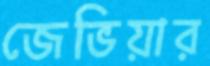
জেভিয়ার